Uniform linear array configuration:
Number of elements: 16
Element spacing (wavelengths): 0.75
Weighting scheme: exponential
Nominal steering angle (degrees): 60
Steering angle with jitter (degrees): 59.955
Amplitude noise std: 0.05
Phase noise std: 0.05

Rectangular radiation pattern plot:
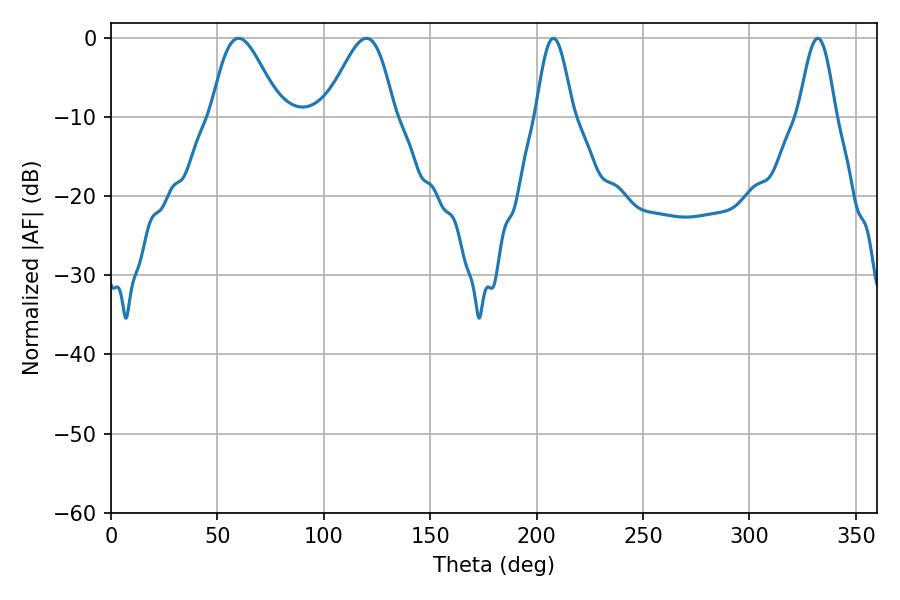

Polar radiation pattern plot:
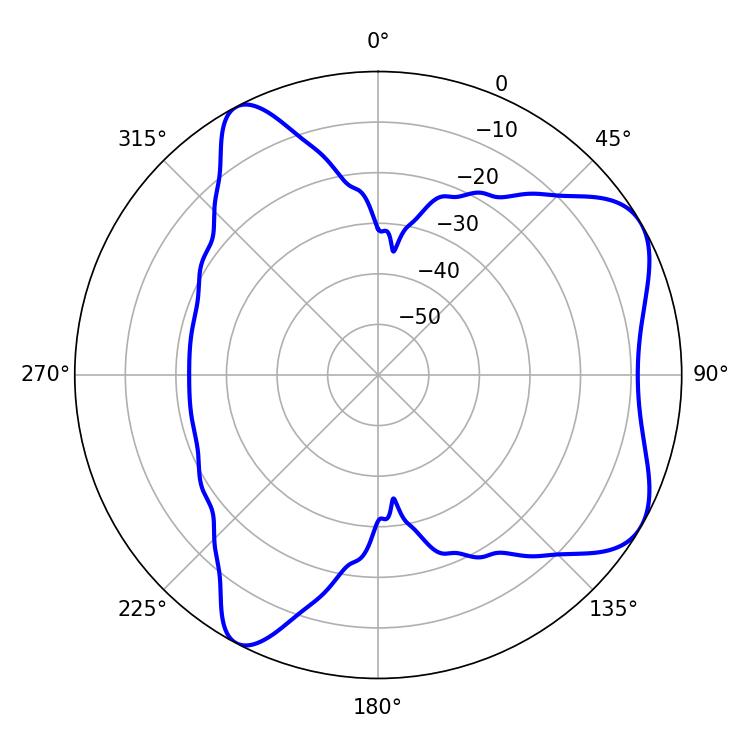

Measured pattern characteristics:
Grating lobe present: TRUE
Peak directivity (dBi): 6.498
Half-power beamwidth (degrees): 17.1
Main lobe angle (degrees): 59.94